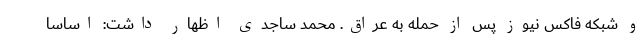
و شبکه فاکس نیوز پس از حمله به عراق. محمد ساجدی اظهار داشت: اساسا